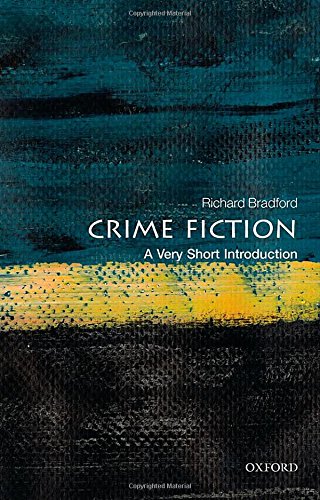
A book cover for Crime Fiction: A Very Short Introduction (Very Short Introductions); Richard Bradford; Mystery, Thriller & Suspense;